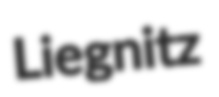
Liegnitz